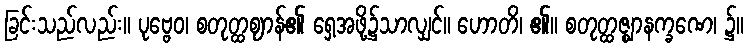
ခြင်းသည်လည်း။ ပုဗ္ဗေဝ၊ စတုတ္ထဈာန်၏ ရှေ့အဖို့၌သာလျှင်။ ဟောတိ၊ ၏။ စတုတ္ထဇ္ဈာနက္ခဏေ၊ ၌။